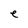
Character: e